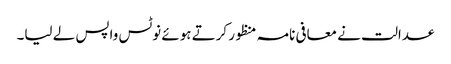
عدالت نے معافی نامہ منظور کرتے ہوئے نوٹس واپس لے لیا۔